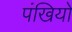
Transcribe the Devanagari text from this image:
पंखियों